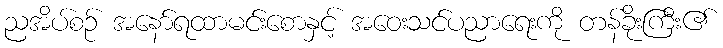
ညအိပ်စဉ် အနော်ရထာမင်းစောနှင့် အဝေးသင်ပညာရေးကို တန်ခိုးကြီး၏